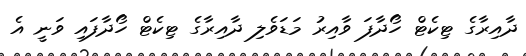
ދާއިރާގެ ޓިކެޓް ހޯދާފަ ވާއިރު މަޑަވެލި ދާއިރާގެ ޓިކެޓް ހޯދާފައި ވަނީ އެ